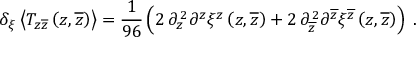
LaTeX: \delta _ { \xi } \left< T _ { z \overline { { z } } } \left( z , \overline { { z } } \right) \right> = { \frac { 1 } { 9 6 } } \left( 2 \, \partial _ { z } ^ { \, 2 } \partial ^ { z } \xi ^ { z } \left( z , \overline { { z } } \right) + 2 \, \partial _ { \overline { { z } } } ^ { \, 2 } \partial ^ { \overline { { z } } } \xi ^ { \overline { { z } } } \left( z , \overline { { z } } \right) \right) \; .